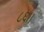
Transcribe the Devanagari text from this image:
८६।।